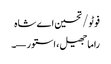
فوٹو/ تحسین اے شاہ
راما جھیل، استور—۔